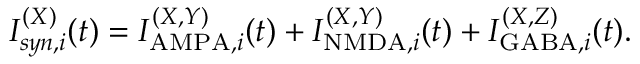
I _ { s y n , i } ^ { ( X ) } ( t ) = I _ { \mathrm { A M P A } , i } ^ { ( X , Y ) } ( t ) + I _ { \mathrm { N M D A } , i } ^ { ( X , Y ) } ( t ) + I _ { \mathrm { G A B A } , i } ^ { ( X , Z ) } ( t ) .